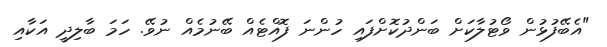
"އެބޭފުޅުން ވޯޓުލާކަށް ބަންދުކޮށްފައި ހުންނަ ފޮއްޓެއް ބޭނުމެއް ނުވޭ. ހަަމަ ބާލިދީ އަކާއި